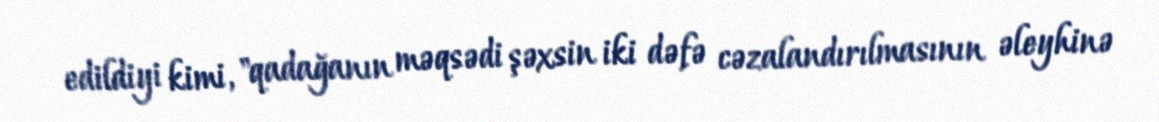
edildiyi kimi, "qadağanın məqsədi şəxsin iki dəfə cəzalandırılmasının əleyhinə